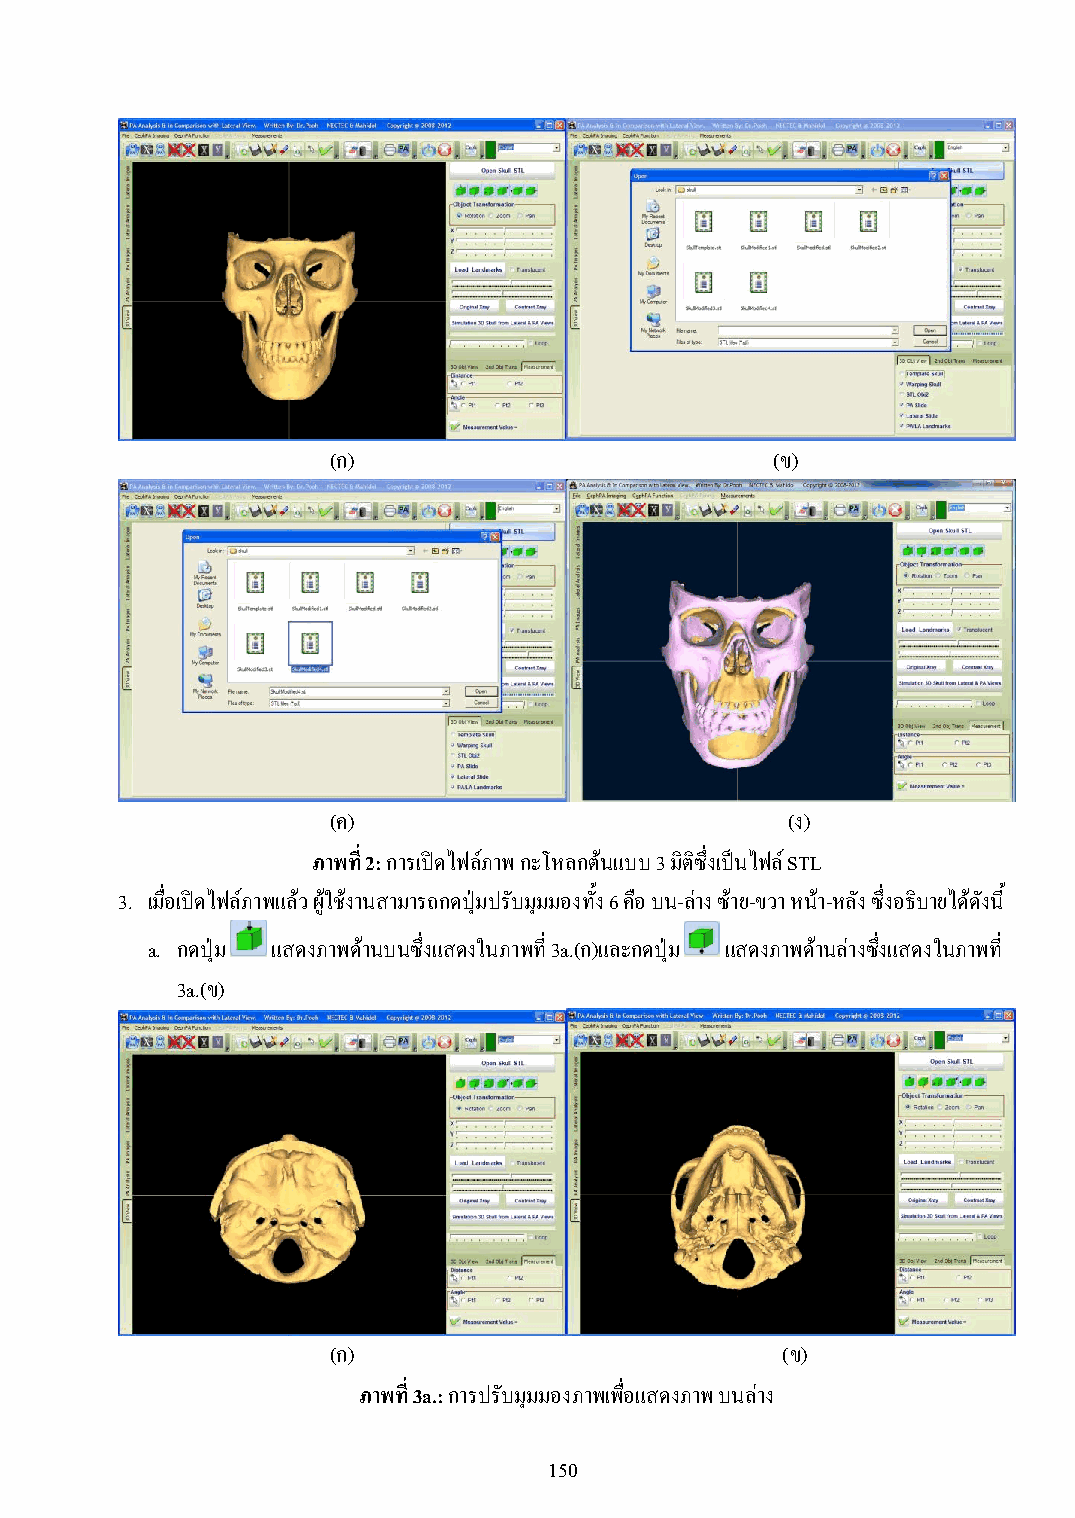
(ก)                          (ข)
 (ค)                           (ง)
 ภาพที่ 2: การเปิดไฟล์ภาพ กะโหลกต้นแบบ 3 มิติซึ่งเป็นไฟล์ STL
 3. เมื่อเปิดไฟล์ภาพแล้ว ผู้ใช้งานสามารถกดปุ่มปรับมุมมองทั้ง 6 คือ บน-ล่าง ซ้าย-ขวา หน้า-หลัง ซึ่งอธิบายได้ดังนี้
 a. กดปุ่ม แสดงภาพด้านบนซึ่งแสดงในภาพที่ 3a.(ก)และกดปุ่ม แสดงภาพด้านล่างซึ่งแสดงในภาพที่
 3a.(ข)
 (ก)                           (ข)
 ภาพที่ 3a.: การปรับมุมมองภาพเพื่อแสดงภาพ บนล่าง
 150